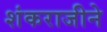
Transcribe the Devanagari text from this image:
शंकराजीने